Indian Civil Veterinary Department memoirs
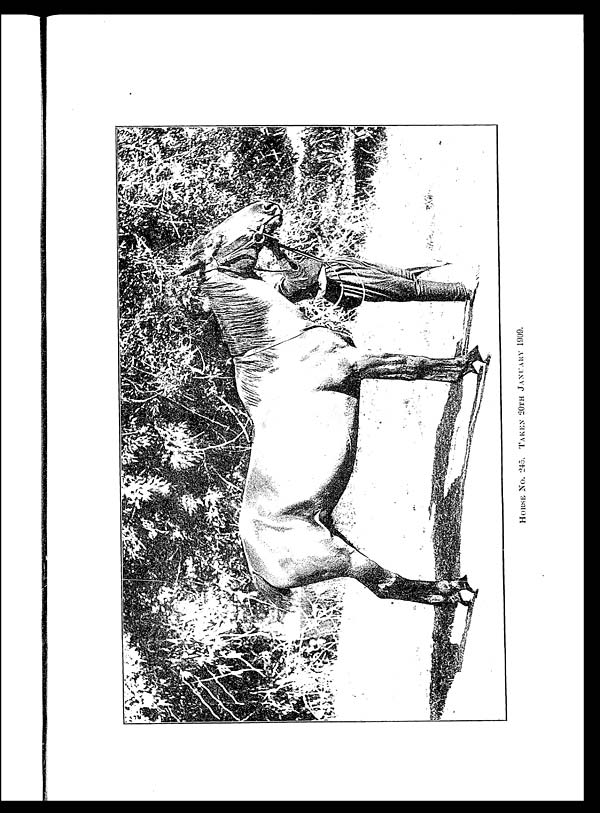
HORSE
No.
245. TAKEN 20TH JANUARY 1909.